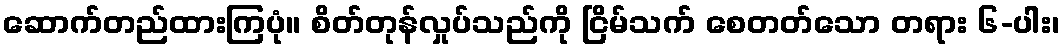
ဆောက်တည်ထားကြပုံ။ စိတ်တုန်လှုပ်သည်ကို ငြိမ်သက် စေတတ်သော တရား ၆-ပါး၊